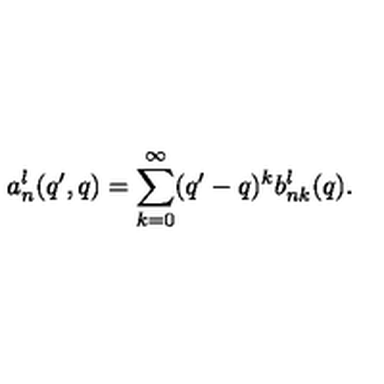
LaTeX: a _ { n } ^ { l } ( q ^ { \prime } , q ) = \sum _ { k = 0 } ^ { \infty } ( q ^ { \prime } - q ) ^ { k } b _ { n k } ^ { l } ( q ) .